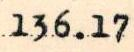
136.17